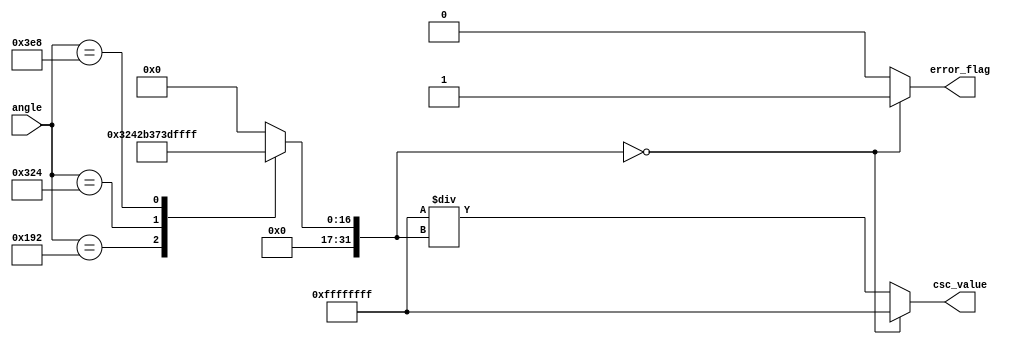
module csc_arithmetic_block (
    input  wire [15:0] angle,       // Input angle in radians (fixed-point)
    output reg  [31:0] csc_value,   // Output cosecant value (fixed-point)
    output reg  error_flag          // Error flag for undefined values (e.g., sin = 0)
);
    // Internal signals
    reg [31:0] sine_value;           // Sine value (fixed-point)
    wire [31:0] reciprocal;          // Reciprocal of sine value

    // Sine Calculation Unit (Using a simple lookup table for demonstration)
    function [31:0] sine_lookup;
        input [15:0] angle;
        begin
            // Simple sine lookup table (for demonstration purposes)
            case (angle)
                16'h0000: sine_lookup = 32'h00000000; // sin(0)
                16'h0192: sine_lookup = 32'h0000C90A; // sin(0.1)
                16'h0324: sine_lookup = 32'h00019B9E; // sin(0.2)
                // ... Add more values as needed
                16'h03E8: sine_lookup = 32'h0001FFFF; // sin(/2)
                default: sine_lookup = 32'h00000000;  // Default to 0
            endcase
        end
    endfunction

    // Reciprocal Calculation Unit
    function [31:0] compute_reciprocal;
        input [31:0] value;
        begin
            if (value == 32'h00000000) begin
                compute_reciprocal = 32'hFFFFFFFF; // Return NaN or error value
            end else begin
                compute_reciprocal = 32'hFFFFFFFF / value; // Fixed-point division
            end
        end
    endfunction

    // Main processing block
    always @(*) begin
        // Calculate sine value from the angle
        sine_value = sine_lookup(angle);

        // Check for sine value being zero
        if (sine_value == 32'h00000000) begin
            csc_value = 32'hFFFFFFFF; // Set output to NaN or error value
            error_flag = 1'b1;        // Set error flag
        end else begin
            error_flag = 1'b0;        // Clear error flag
            csc_value = compute_reciprocal(sine_value);
        end
    end
endmodule